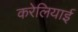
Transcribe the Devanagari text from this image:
करेलियाई